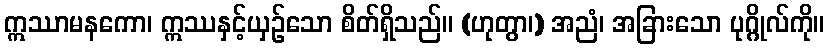
ဣဿာမနကော၊ ဣဿနှင့်ယှဉ်သော စိတ်ရှိသည်။ (ဟုတွာ၊) အညံ၊ အခြားသော ပုဂ္ဂိုလ်ကို။